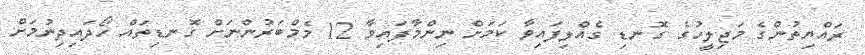
ރައްޔިތުންގެ މަޖިލީހުގެ ގޮނޑި ގެއްލިފައިވާ ކަމަށް ނިންމާފައިވާ 12 މެމްބަރުންނަށް ގޮނޑިތައް ހޯދައިދިނުމަށް